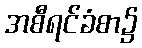
အစီရင်ခံစာ၌